Report of the Indian Hemp Drugs Commission, 1894-1895 - Volume IV
Year: 1894
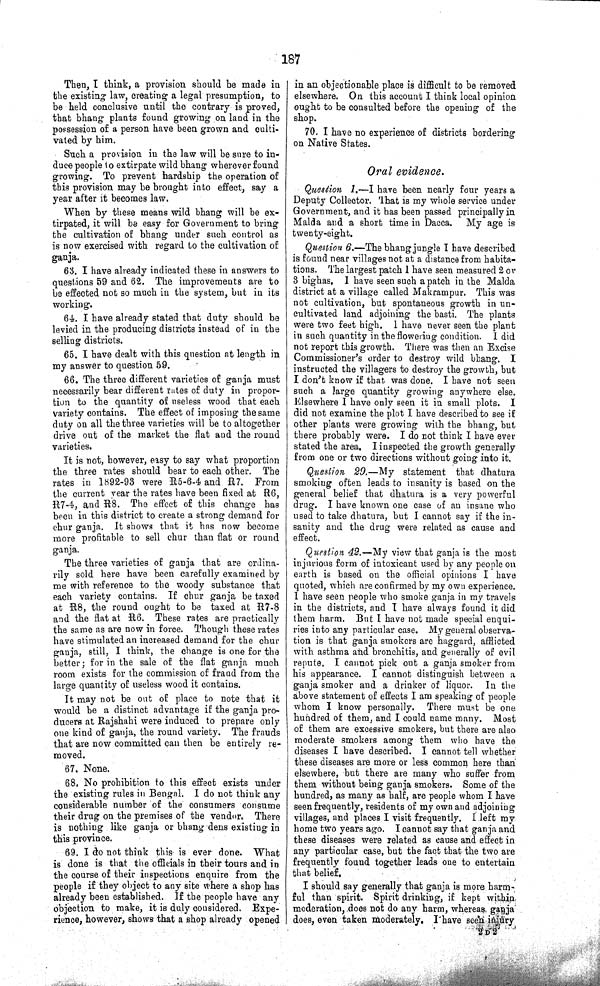
187
Then, I think, a provision should be made in
the existing law, creating a legal presumption, to
be held conclusive until the contrary is proved,
that bhang plants found growing on land in the
possession of a person have been grown and culti-
vated by him.
Such a provision in the law will be sure to in-
duce people to extirpate wild bhang wherever found
growing. To prevent hardship the operation of
this provision may be brought into effect, say a
year after it becomes law.
When by these means wild bhang will be ex-
tirpated, it will be easy for Government to bring
the cultivation of bhang under such control as
is now exercised with regard to the cultivation of
ganja.
63. I have already indicated these in answers to
questions 59 and 62. The improvements are to
be effected not so much in the system, but in its
working.
64. I have already stated that duty should be
levied in the producing districts instead of in the
selling districts.
65. I have dealt with this question at length in
my answer to question 59.
66. The three different varieties of ganja must
necessarily bear different rates of duty in propor-
tion to the quantity of useless wood that each
variety contains. The effect of imposing the same
duty on all the three varieties will be to altogether
drive out of the market the flat and the round
varieties.
It is not, however, easy to say what proportion
the three rates should bear to each other. The
rates in 1892-93 were R5-6-4 and R7. From
the current year the rates have been fixed at R6,
R7-4, and R8. The effect of this change has
been in this district to create a strong demand for
chur ganja. It shows that it has now become
more profitable to sell chur than flat or round
ganja.
The three varieties of ganja that are ordina-
rily sold here have been carefully examined by
me with reference to the woody substance that
each variety contains. If chur ganja be taxed
at R8, the round ought to be taxed at R7-8
and the flat at R6. These rates are practically
the same as are now in force. Though these rates
have stimulated an increased demand for the chur
ganja, still, I think, the change is one for the
better; for in the sale of the flat ganja much
room exists for the commission of fraud from the
large quantity of useless wood it contains.
It may not be out of place to note that it
would be a distinct advantage if the ganja pro-
ducers at Rajshahi were induced to prepare only
one kind of ganja, the round variety. The frauds
that are now committed can then be entirely re-
moved.
67. None.
68. No prohibition to this effect exists under
the existing rules in Bengal. I do not think any
considerable number of the consumers consume
their drug on the premises of the vendor. There
is nothing like ganja or bhang dens existing in
this province.
69. I do not think this is ever done. What
is done is that the officials in their tours and in
the course of their inspections enquire from the
people if they object to any site where a shop has
already been established. If the people have any
objection to make, it is duly considered. Expe-
rience, however, shows that a shop already opened
in an objectionable place is difficult to be removed
elsewhere. On this account I think local opinion
ought to be consulted before the opening of the
shop.
70. I have no experience of districts bordering
on Native States.
Oral evidence.
Question 1. —I have been nearly four years a
Deputy Collector. That is my whole service under
Government, and it has been passed principally in
Malda and a short time in Dacca. My age is
twenty-eight.
Question 6.—The bhang jungle I have described
is found near villages not at a distance from habita-
tions. The largest patch I have seen measured 2 or
3 bighas. I have seen such a patch in the Malda
district at a village called Makrampur. This was
not cultivation, but spontaneous growth in un-
cultivated land adjoining the basti. The plants
were two feet high. I have never seen the plant
in such quantity in the flowering condition. I did
not report this growth. There was then an Excise
Commissioner's order to destroy wild bhang. I
instructed the villagers to destroy the growth, but
I don't know if that was done. I have not seen
such a large quantity growing anywhere else.
Elsewhere I have only seen it in small plots. I
did not examine the plot I have described to see if
other plants were growing with the bhang, but
there probably were. I do not think I have ever
stated the area. I inspected the growth generally
from one or two directions without going into it.
Question 29.—My statement that dhatura
smoking often leads to insanity is based on the
general belief that dhatura is a very powerful
drug. I have known one case of an insane who
used to take dhatura, but I cannot say if the in-
sanity and the drug were related as cause and
effect.
Question 42.—My view that ganja is the most
injurious form of intoxicant used by any people on
earth is based on the official opinions I have
quoted, which are confirmed by my own experience.
I have seen people who smoke ganja in my travels
in the districts, and I have always found it did
them harm. But I have not made special enqui-
ries into any particular case. My general observa-
tion is that ganja smokers are haggard, afflicted
with asthma and bronchitis, and generally of evil
repute. I cannot pick out a ganja smoker from
his appearance. I cannot distinguish between a
ganja smoker and a drinker of liquor. In the
above statement of effects I am speaking of people
whom I know personally. There must be one
hundred of them, and I could name many. Most
of them are excessive smokers, but there are also
moderate smokers among them who have the
diseases I have described. I cannot tell whether
these diseases are more or less common here than
elsewhere, but there are many who suffer from
them without being ganja smokers. Some of the
hundred, as many as half, are people whom I have
seen frequently, residents of my own and adjoining
villages, and places I visit frequently. I left my
home two years ago. I cannot say that ganja and
these diseases were related as cause and effect in
any particular case, but the fact that the two are
frequently found together leads one to entertain
that belief.
I should say generally that ganja is more harm-
ful than spirit. Spirit drinking, if kept within
moderation, does not do any harm, whereas ganja
does, even taken moderately. I have seen injury